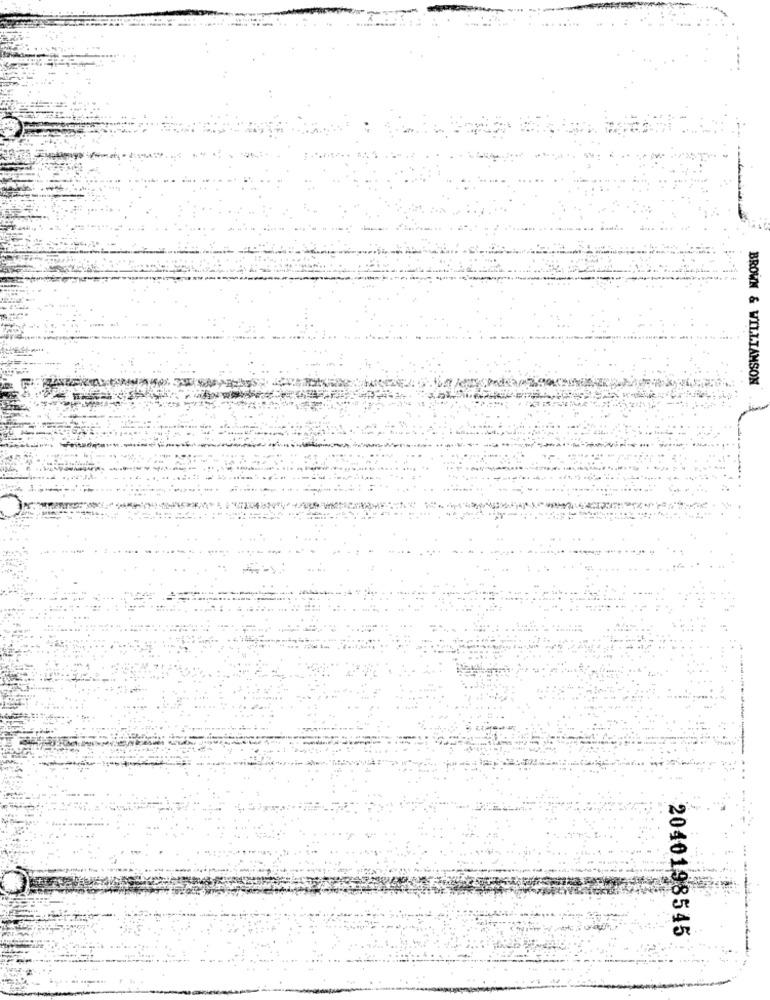
BROWN & WILLIAMSON
2040198545